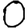
Digit: 0